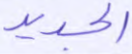
الجديد